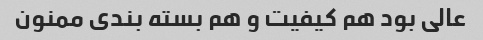
عالی بود هم کیفیت و هم بسته بندی ممنون